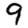
Digit: 9